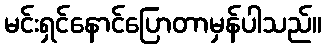
မင်းရှင်နောင်ပြောတာမှန်ပါသည်။